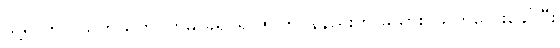
သို့ရာတွင် သူကိုယ်တိုင်ကမူ ခရိုင်ရာဇဝတ်ဝန်နည်းတူ မယားငယ်ကလေးခေါ်ပြီး